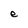
Character: e